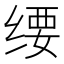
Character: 𬘱